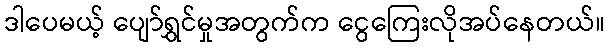
ဒါပေမယ့် ပျော်ရွှင်မှုအတွက်က ငွေကြေးလိုအပ်နေတယ်။